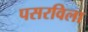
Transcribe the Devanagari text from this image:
पसरविला